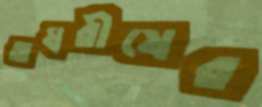
অম্বরীষের